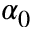
\alpha _ { 0 }